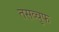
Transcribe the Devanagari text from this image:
तसव्‍वुफ